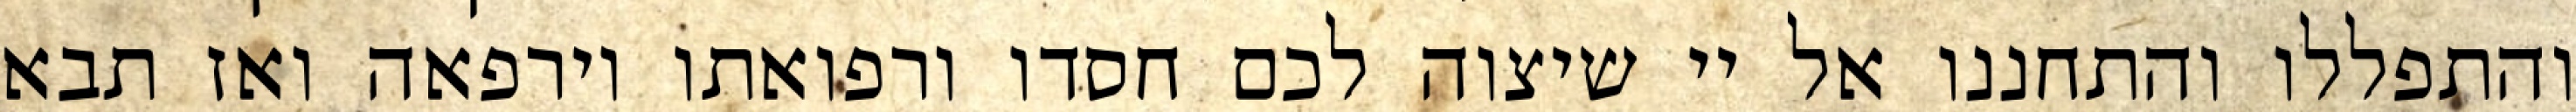
והתפללו והתחננו אל יי שיצוה לכם חסדו ורפואתו וירפאה ואז תבא